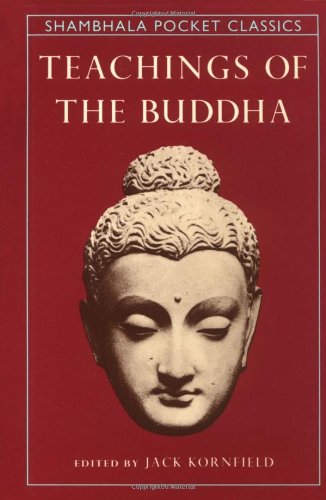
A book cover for Teachings of the Buddha (Shambhala Pocket Classics); Jack Kornfield; Religion & Spirituality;